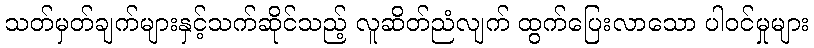
သတ်မှတ်ချက်များနှင့်သက်ဆိုင်သည့် လူဆိတ်ညံလျက် ထွက်ပြေးလာသော ပါဝင်မှုများ